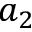
a _ { 2 }